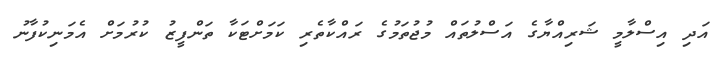
އަދި އިސްލާމީ ޝަރިއްޔާގެ އަސްލުތައް މުޖުތަމުގެ ރައްކާތެރި ކަމަށްޓަކާ ތަންފީޒު ކުރުމަށް އެމަނިކުފާނު